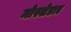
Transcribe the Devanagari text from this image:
मोस्खेडाए